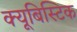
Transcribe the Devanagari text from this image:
क्यूबिस्टिक